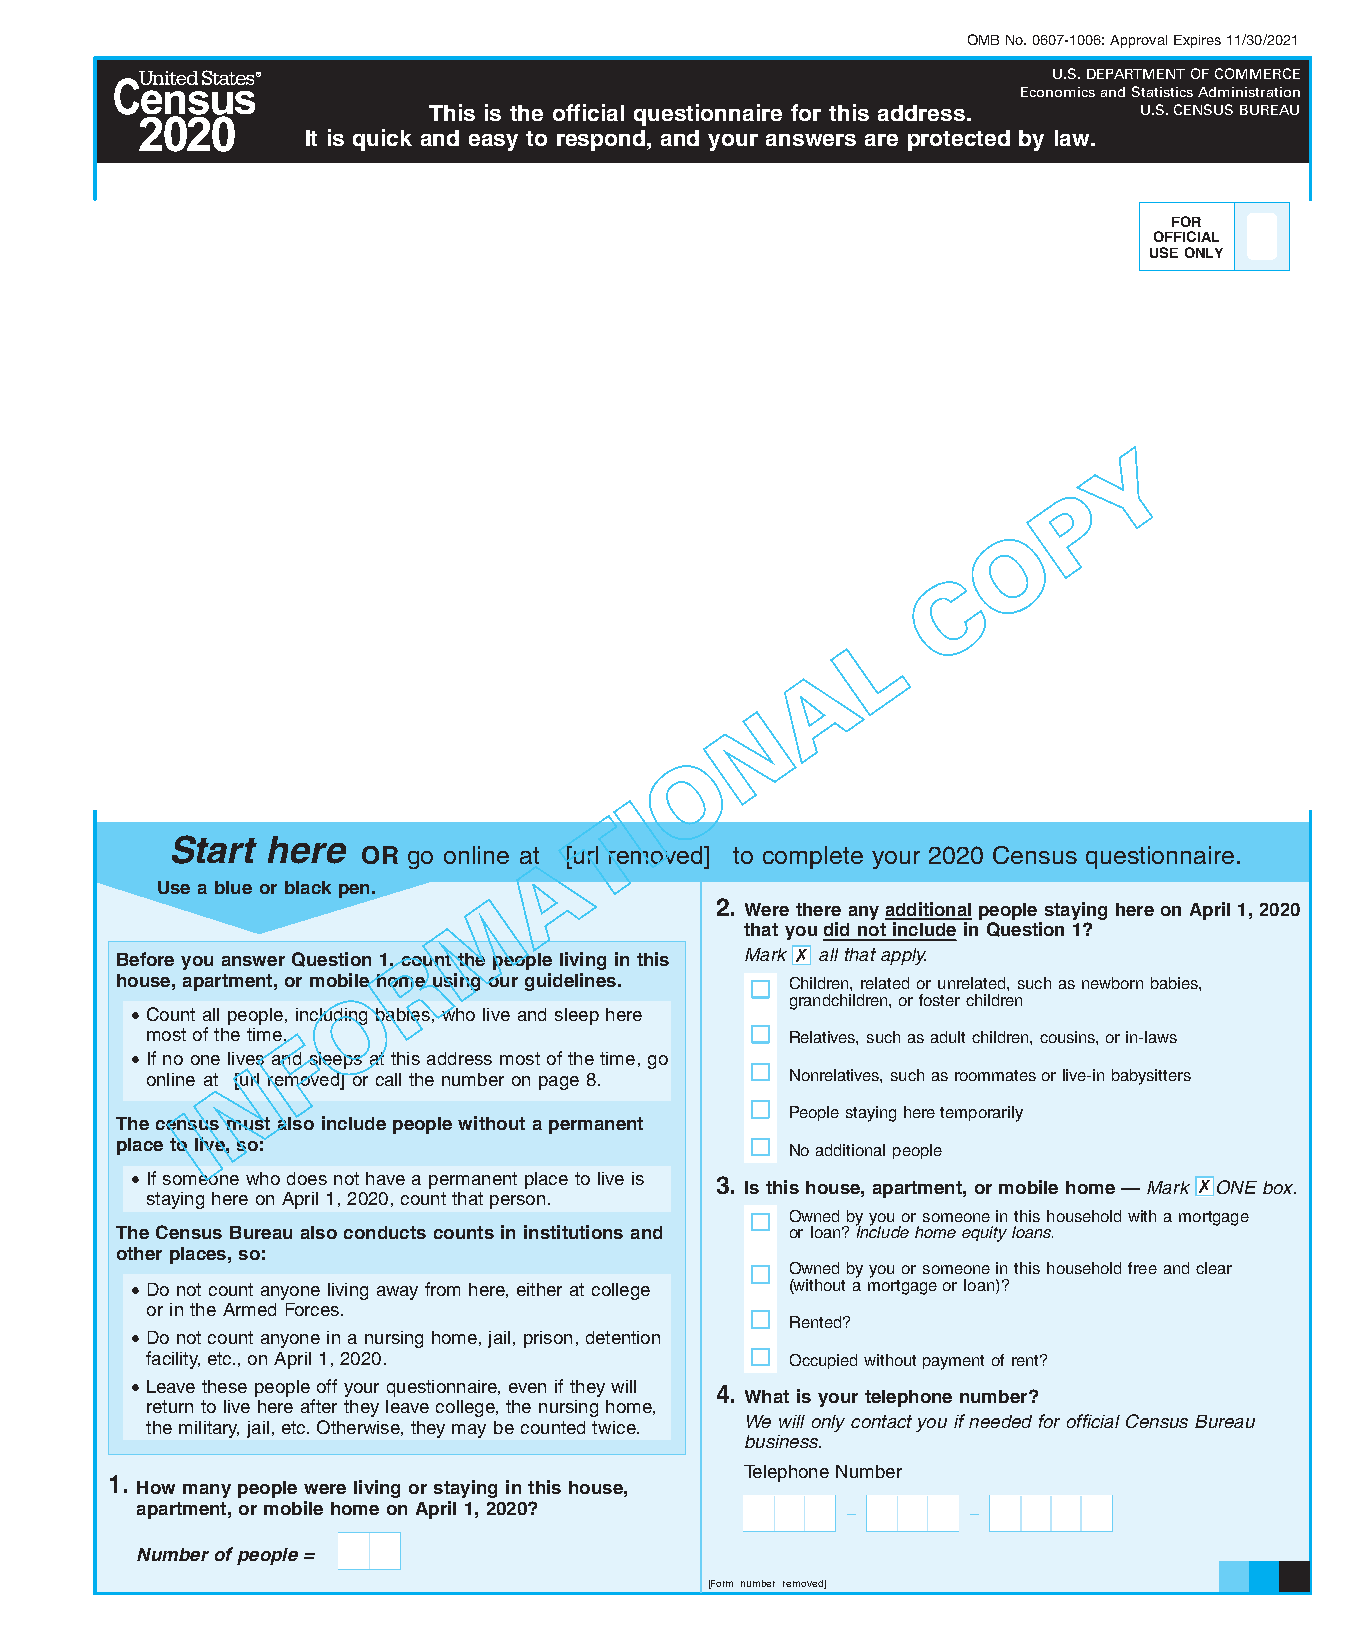
OMB No. 0607-1006: Approval Expires 11/30/2021
 ®                                                    U.S. DEPARTMENT OF COMMERCE
 Economics and Statistics Administration
 This is the official questionnaire for this address. U.S. CENSUS BUREAU
 It is quick and easy to respond, and your answers are protected by law.
 FOR
 OFFICIAL
 USE ONLY
 Y
 P
 O
 C
 L
 A
 N
 O
 I
 T
 Start  here
 OR go online at A [url removed] to complete your 2020 Census questionnaire.
 Use a blue or black pen.
 M
 2. Were there any additional people staying here on April 1, 2020
 that you did not include in Question 1?
 Before you answer Question 1, coR unt the people living in this Mark IJK all that apply.
 house, apartment, or mob Oile home using our guidelines. Children, related or unrelated, such as newborn babies,
 grandchildren, or foster children
 • Count all people, including babies, who live and sleep here
 most of the time. F                       Relatives, such as adult children, cousins, or in-laws
 • If no one lives and sleeps at this address most of the time, go
 N
 online at [url removed] or call the number on page 8. Nonrelatives, such as roommates or live-in babysitters
 I                                       People staying here temporarily
 The census must also include people without a permanent
 place to live, so:
 No additional people
 • If someone who does not have a permanent place to live is 3. Is this house, apartment, or mobile home — Mark IIJKO N E box.
 staying here on April 1, 2020, count that person.
 Owned by you or someone in this household with a mortgage
 The Census Bureau also conducts counts in institutions and or loan? Include home equity loans.
 other places, so:
 Owned by you or someone in this household free and clear
 • Do not count anyone living away from here, either at college (without a mortgage or loan)?
 or in the Armed Forces.
 Rented?
 • Do not count anyone in a nursing home, jail, prison, detention
 facility, etc., on April 1, 2020.         Occupied without payment of rent?
 • Leave these people off your questionnaire, even if they will 4. What is your telephone number?
 return to live here after they leave college, the nursing home,
 We will only contact you if needed for official Census Bureau
 the military, jail, etc. Otherwise, they may be counted twice.
 business.
 Telephone Number
 1. How many people were living or staying in this house,
 apartment, or mobile home on April 1, 2020?    –       –
 Number of people =
 [Form number removed]